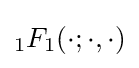
{}_{1}F_{1}(\cdot ;\cdot ,\cdot )